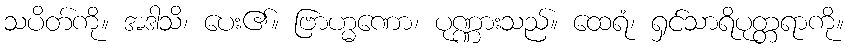
သပိတ်ကို။ အဒါသိ၊ ပေး၏။ ဗြာဟ္မဏော၊ ပုဏ္ဏားသည်။ ထေရံ၊ ရှင်သာရိပုတ္တရာကို။